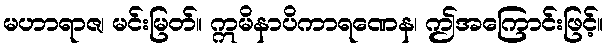
မဟာရာဇ၊ မင်းမြတ်။ ဣမိနာပိကာရဏေန၊ ဤအကြောင်းဖြင့်။